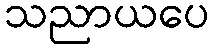
သညာယပေ